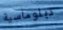
دبلوماسية